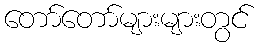
တော်တော်များများတွင်